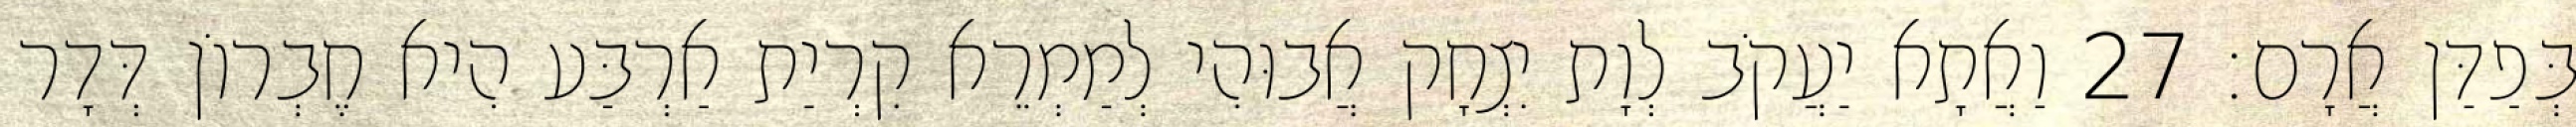
בְּפַדַּן אֲרָם׃ 27 וַאֲתָא יַעֲקֹב לְוָת יִצְחָק אֲבוּהִי לְמַמְרֵא קִרְיַת אַרְבַּע הִיא חֶבְרוֹן דְּדָר